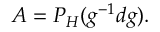
A = P _ { \cal H } ( g ^ { - 1 } d g ) .